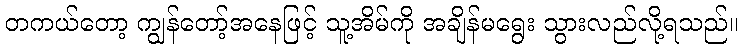
တကယ်တော့ ကျွန်တော့်အနေဖြင့် သူ့အိမ်ကို အချိန်မရွေး သွားလည်လို့ရသည်။